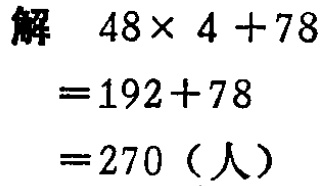
解

\[

\begin{align*}

&48\times 4 + 78\\

=&192 + 78\\

=&270 \text{（人）}

\end{align*}

\]